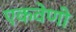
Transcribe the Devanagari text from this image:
एकवेणी